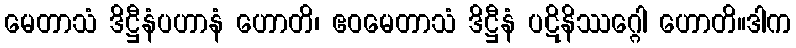
မေတာသံ ဒိဋ္ဌီနံပဟာနံ ဟောတိ၊ ဧဝမေတာသံ ဒိဋ္ဌီနံ ပဋိနိဿဂ္ဂေါ ဟောတိ။ဒါက